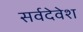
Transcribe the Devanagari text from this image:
सर्वदेवेश